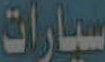
سيارات